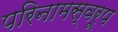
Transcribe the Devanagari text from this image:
परिनामस्वरूप